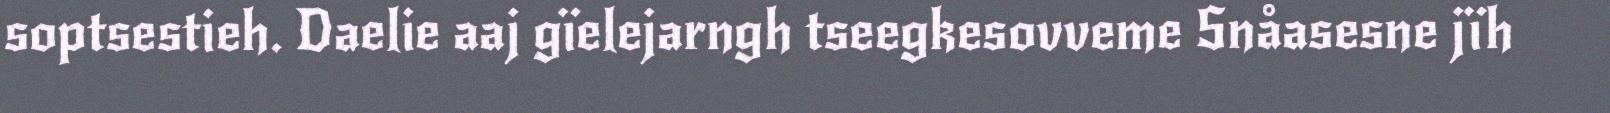
soptsestieh. Daelie aaj gïelejarngh tseegkesovveme Snåasesne jïh